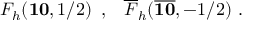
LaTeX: { F } _ { h } ( { \bf { 1 0 } } , 1 / 2 ) \, \, \, , \, \, \, \, \, { \overline { { { F } } } } _ { h } ( { \overline { { { \bf { 1 0 } } } } } , - 1 / 2 ) \ .